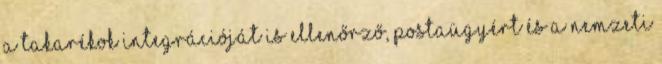
a takarékok integrációját is ellenőrző, postaügyért és a nemzeti